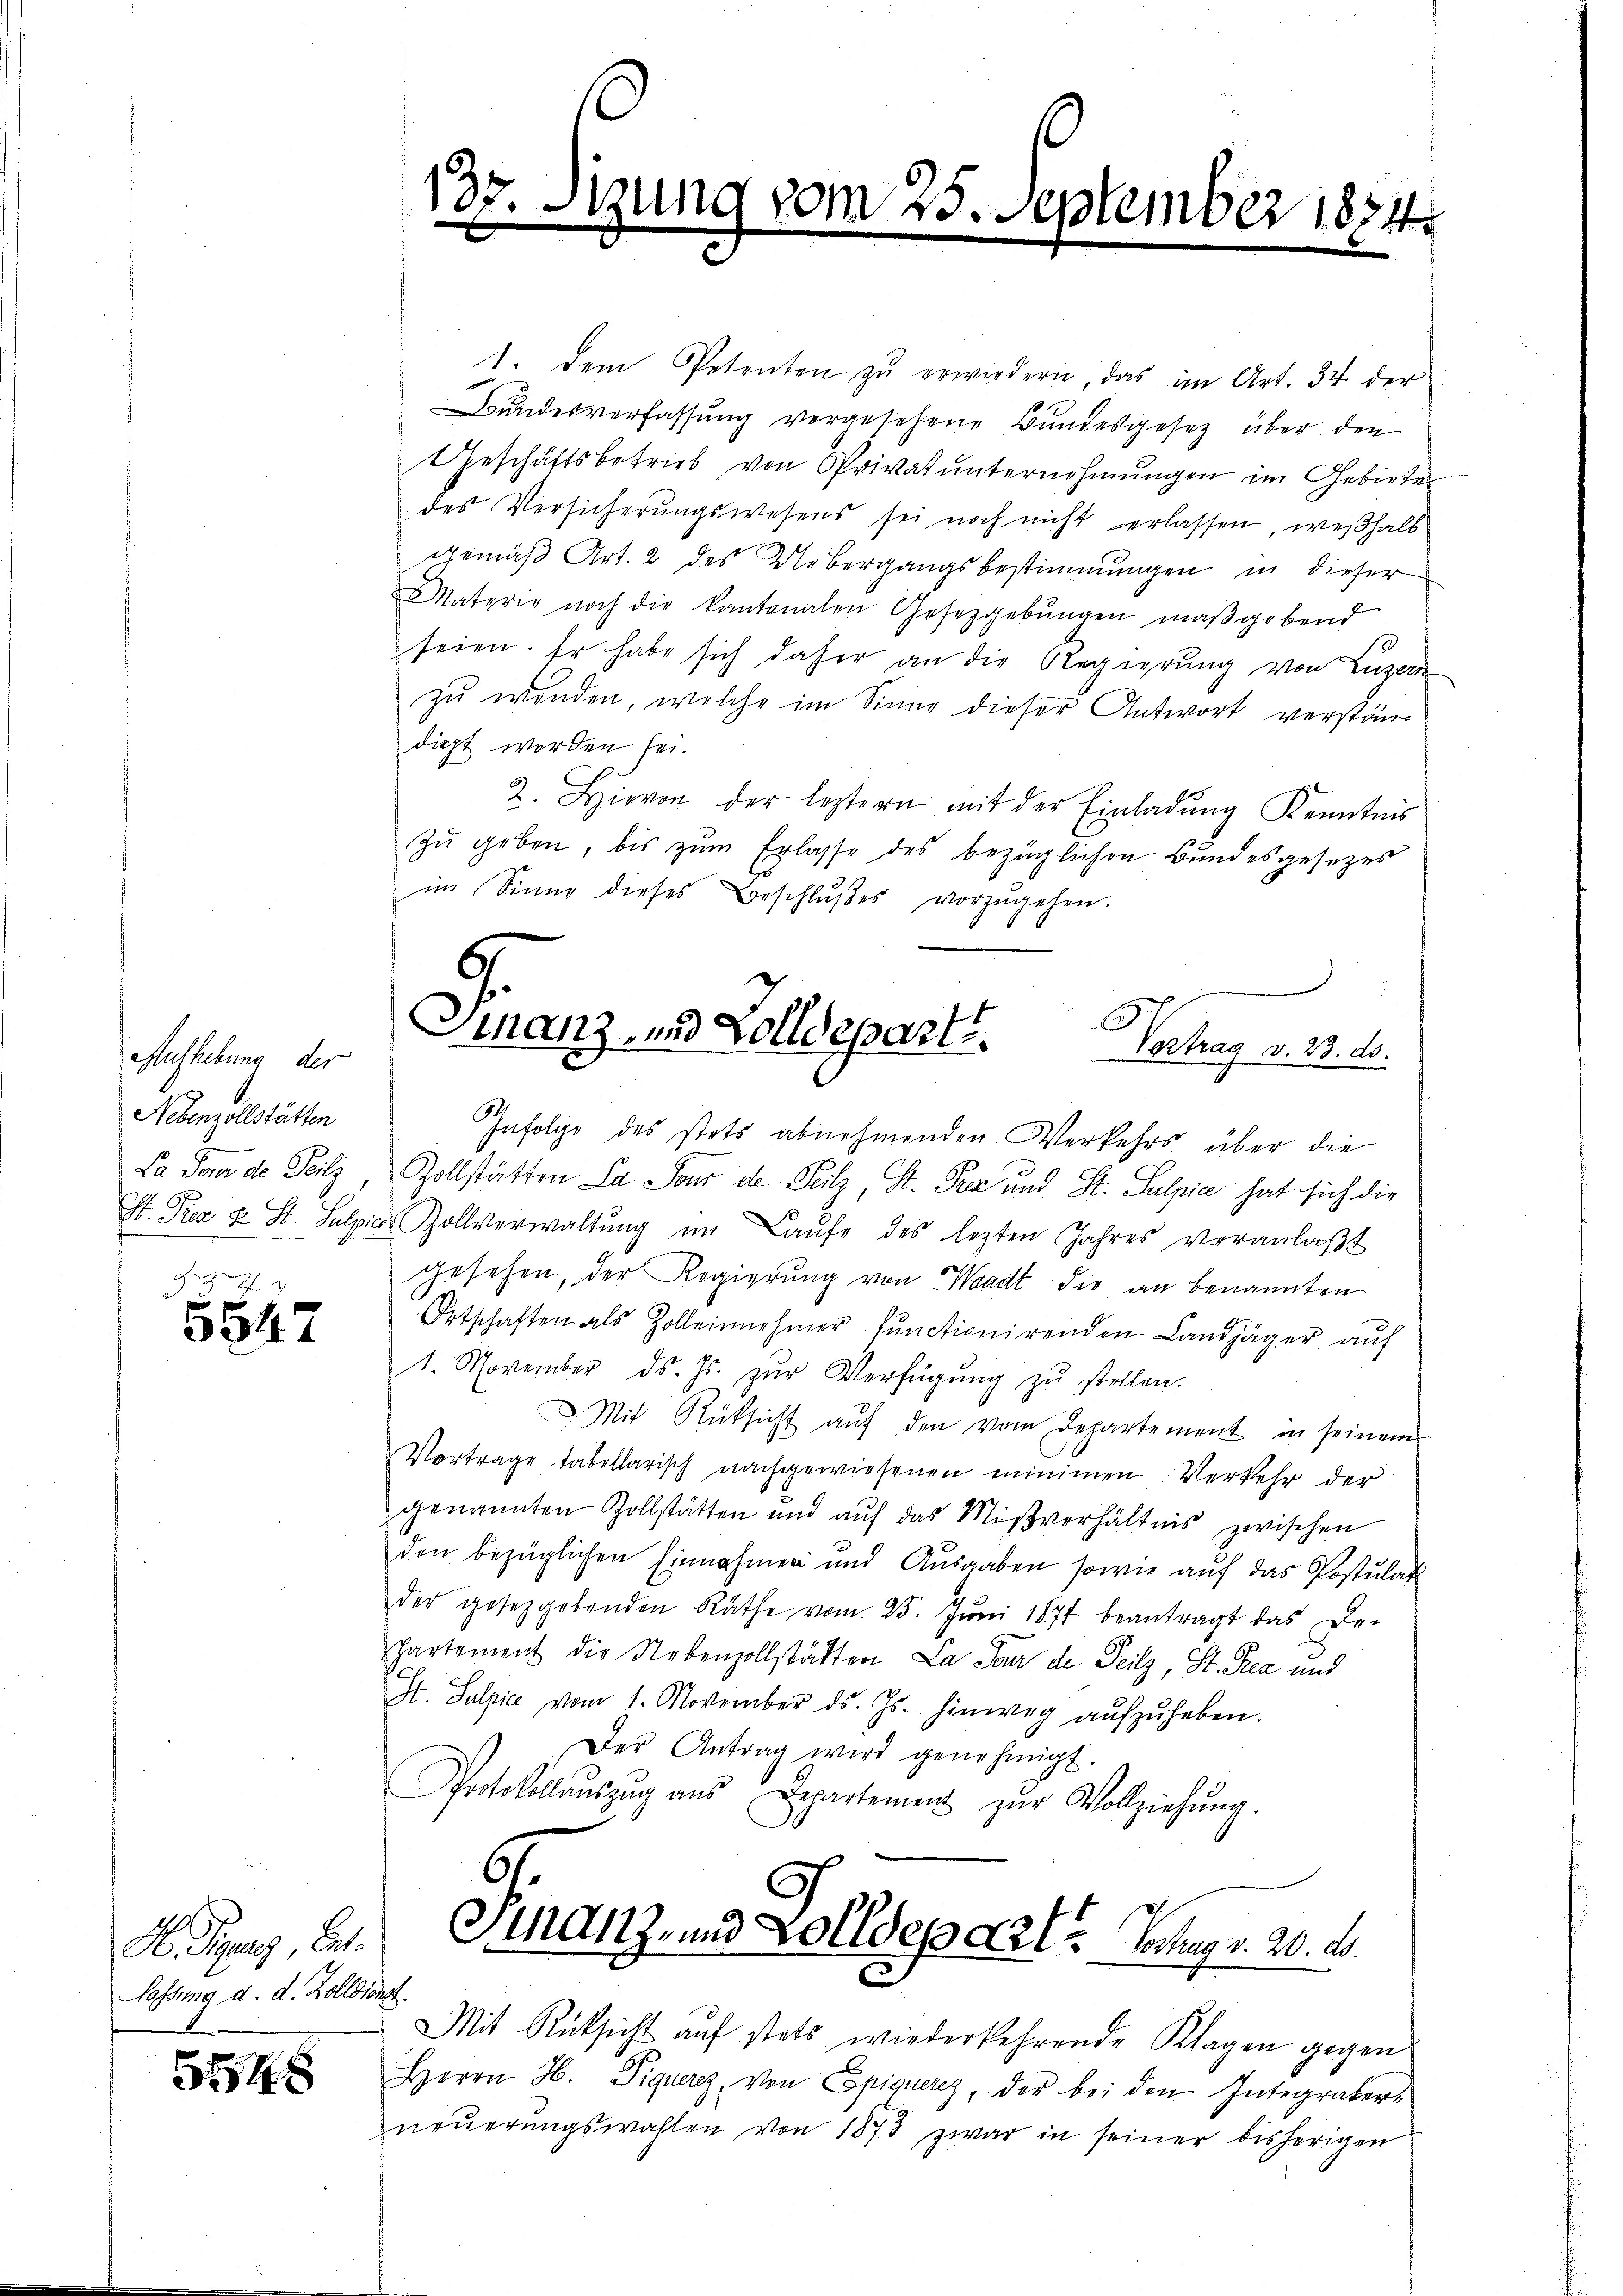
Aufhebung der
Nebenzollstätten
La Feuer de Teilz
e

5647

H. Piperes, Art.
lassung d. d. Zolldie

5548

135.
.

sizung vom 25. September 1874.

e
6
Finanz- und Zolldeparte. Vertrag v. 23. ds.

1. Dem Petenten zŭ erwiedern, das im Art. 34 der
Bundesverfassung vorgesehene Bundesgesetz über den
Geschäftsbetrieb von Privatunternehmungen im Gebiete
des Versicherŭngswesens sei noch nicht erlassen, weßhalb
gemäß Art. 2 des Uebergangsbestimmungen in dieser
Materie noch die kantonalen Gesetzgebŭngen maßgebend
seien. Er habe sich daher an die Regierung von Luzern
zu wenden, welche im Sinne dieser Antwort verständicht worden sei.
2. Hievon der leztern mit der Einladŭng Kenntnis
zu geben, bis zum Erlasse des bezüglichen Bundesgesetzes
im Sinne dieses Beschlŭβes vorzŭgehen.
Infolge des stets abnehmenden Verkehrs über die
Zollstätten La sous de Teilz St. Pra und St. Sulpie hat sich die
St. Pez u St. Sulpie Zollverwaltŭng im Laŭfe des lezten Jahres veranlaβt
gesehen, der Regierŭng von Waadt die an benannten
Ortschaften als Zolleinnehmer functionirenden Landjäger aŭf
1. November ds. Js. zŭr Verfügŭng zŭ stellen.
. Mit Rüksicht aŭf den vom Departement in seinem
Vortrage tabellarisch nachgewiesenen minimen Verkehr der
genannten Zollstätten und auf das Mißverhältnis zwischen
den bezüglichen Einnahmen und Ausgaben sowie auf das Postulat
der gesetzgebenden Räthe vom 25. Jŭni 1877 beantragt das De-
Partement die Nebenzollstätten La Pour de Teilz, St. Pea und
St. Sulpice vom 1. November ds. Js. hinweg aŭfzŭheben.
Der Antrag wird genehmigt.
Protokollauszug aus Repartement zŭr Vollziehung.
Finanz- und Zolldeparte Schang v. 20. d.
.
Mit Rüksicht auf stets wiederkehrende Klagen gegen
Herrn H. Viquerz, von Epiquerez, der bei den Integraker-
neŭerŭngswahlen von 1873 zwar in seiner bisherigen